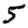
Digit: 5